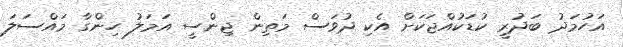
އަހުމަދު ބަދުރީ ކުޑަކުއްޖަކަށް އެކި ދުވަސް މަތިން ޖިންސީ އަމަލު ހިންގާ މައްސަލަ